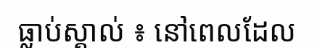
ធ្លាប់ស្គាល់ ៖ នៅពេលដែល